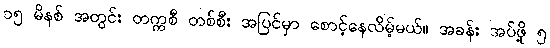
၁၅ မိနစ် အတွင်း တက္ကစီ တစ်စီး အပြင်မှာ စောင့်နေလိမ့်မယ်။ အခန်း အပ်ဖို့ ၅